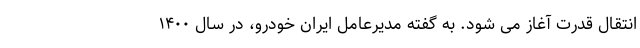
انتقال قدرت آغاز می شود. به گفته مدیرعامل ایران خودرو، در سال ۱۴۰۰